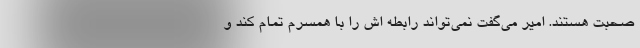
صحبت هستند. امیر می‌گفت نمی‌تواند رابطه اش را با همسرم تمام کند و